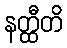
နတ္ထီတိ